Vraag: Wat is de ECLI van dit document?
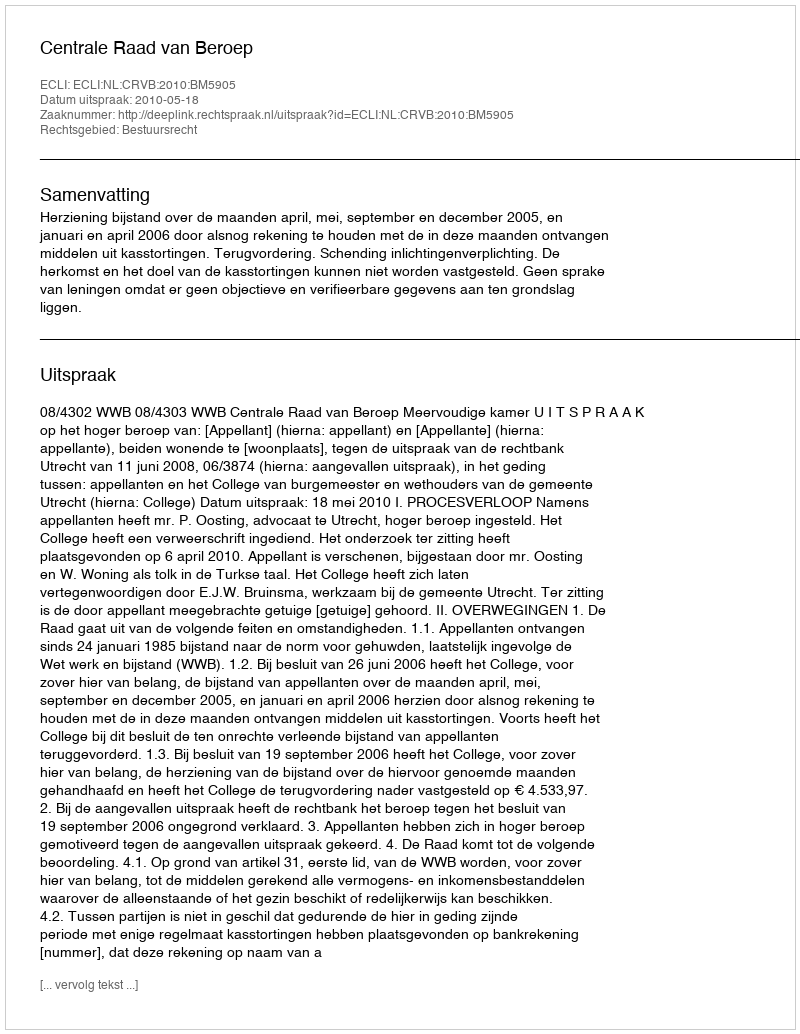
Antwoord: ECLI:NL:CRVB:2010:BM5905